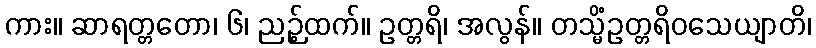
ကား။ ဆာရတ္တတော၊ ၆၊ ညဉ့်ထက်။ ဥတ္တရိ၊ အလွန်။ တသ္မိံဥတ္တရိဝသေယျာတိ၊